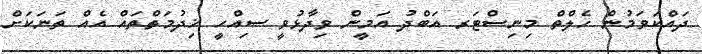
ދައްކަވަމުން ހެލްތް މިނިސްޓަރ އަބްދު އަމީން ވިދާޅުވީ ސިއްހީ ޚިދުމަތްތައް އެއް ތަނަކަށް